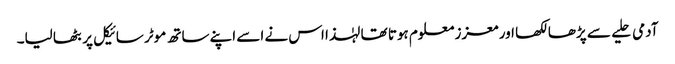
آدمی حلیے سے پڑھا لکھا اور معزز معلوم ہوتا تھا لہٰذا اس نے اسے اپنے ساتھ موٹر سائیکل پر بٹھا لیا۔